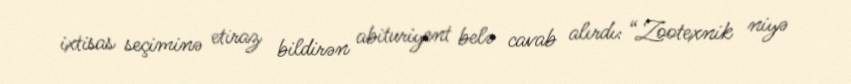
ixtisas seçiminə etiraz bildirən abituriyent belə cavab alırdı: “Zootexnik niyə